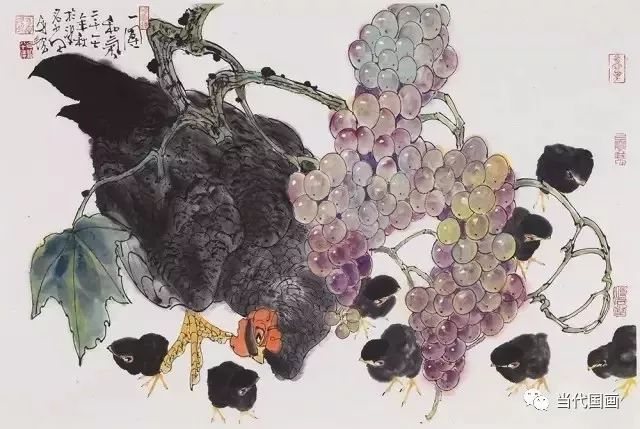
以此亏夺民衣食之财，仁者弗为也。